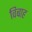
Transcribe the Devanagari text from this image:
विबाह